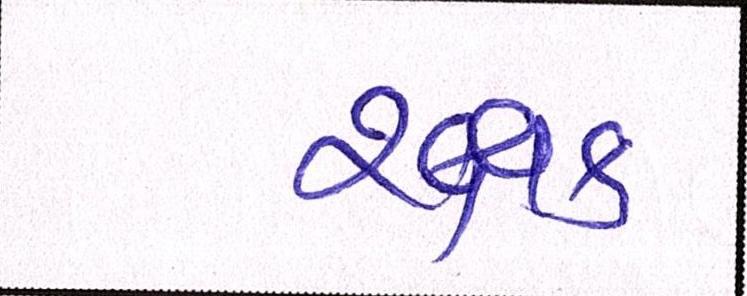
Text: રક્ષક